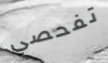
تفحصي